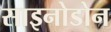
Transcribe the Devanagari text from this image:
साइनोडोन